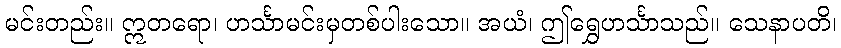
မင်းတည်း။ ဣတရော၊ ဟင်္သာမင်းမှတစ်ပါးသော။ အယံ၊ ဤရွှေဟင်္သာသည်။ သေနာပတိ၊